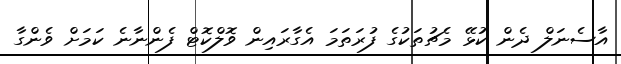
އާސެނަލް ދެން ކުޅޭ މެޗުތަކުގެ ފުރަތަަމަ އެގާރައިން ވޮލްކޮޓް ފެންނާނެ ކަމަށް ވެންގާ